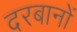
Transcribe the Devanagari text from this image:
दरबानों